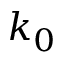
k _ { 0 }